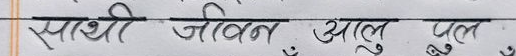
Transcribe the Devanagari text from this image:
साथी जीवन आलु पल